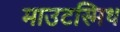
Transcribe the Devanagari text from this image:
माउटस्मिथ